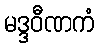
မဒ္ဒဝီဏကံ